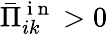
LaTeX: \bar{\Pi}_{ik}^{\mathrm{~i~n~}}>0